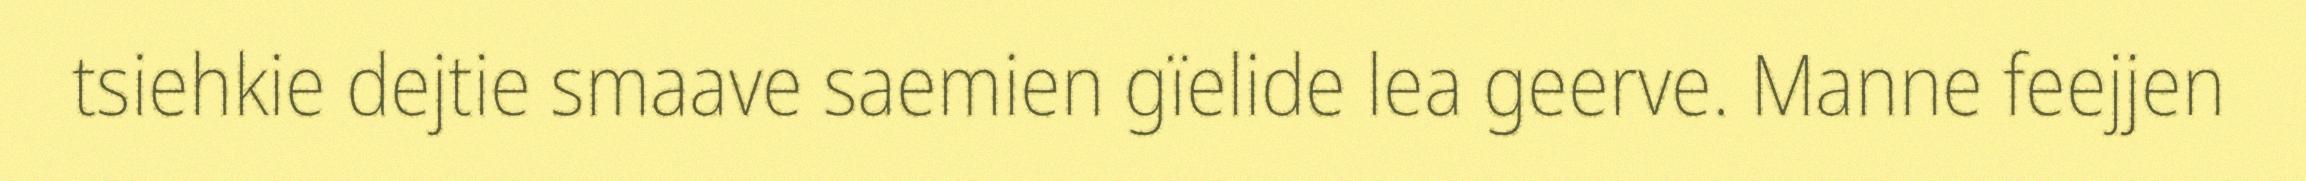
tsiehkie dejtie smaave saemien gïelide lea geerve. Manne feejjen